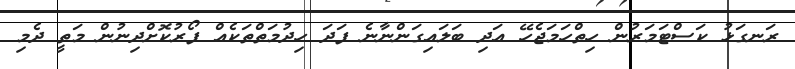
ރަނގަޅު ކަސްޓަމަރުން ހިތްހަމަޖެހޭ އަދި ބަލައިގަންނާނެ ފަދަ ހިދުމަތްތަކެއް ފޯރުކޮށްދިނުން މަތީ ދެމި